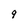
Character: 9